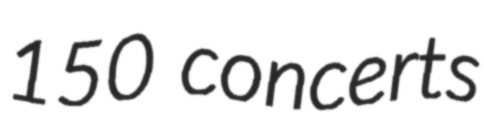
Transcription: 150 concerts